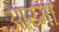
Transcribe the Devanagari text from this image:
आय्मा